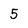
Character: 5